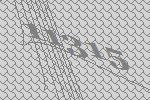
11315